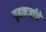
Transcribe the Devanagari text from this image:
गृहकर्जाचे